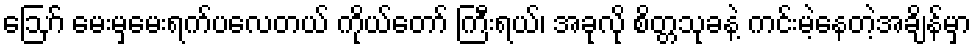
ဪ မေးမှမေးရက်ပလေတယ် ကိုယ်တော် ကြီးရယ်၊ အခုလို စိတ္တသုခနဲ့ ကင်းမဲ့နေတဲ့အချိန်မှာ